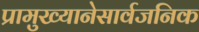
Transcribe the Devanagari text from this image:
प्रामुख्यानेसार्वजनिक